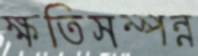
ক্ষতিসম্পন্ন